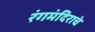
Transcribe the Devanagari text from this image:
रंगमंदिराचे